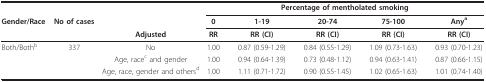
<table><thead><tr><td>[EMPTY_CELL]</td><td>[EMPTY_CELL]</td><td>[EMPTY_CELL]</td><td colspan="9"><b>Percentage of mentholated smoking</b></td></tr><tr><td><b>Gender/Race</b></td><td><b>No of cases</b></td><td>[EMPTY_CELL]</td><td><b>0</b></td><td>[EMPTY_CELL]</td><td><b>1-19</b></td><td>[EMPTY_CELL]</td><td><b>20-74</b></td><td>[EMPTY_CELL]</td><td><b>75-100</b></td><td>[EMPTY_CELL]</td><td><b>Any<sup>a</sup></b></td></tr><tr><td>[EMPTY_CELL]</td><td>[EMPTY_CELL]</td><td><b>Adjusted</b></td><td><b>RR</b></td><td>[EMPTY_CELL]</td><td><b>RR (CI)</b></td><td>[EMPTY_CELL]</td><td><b>RR (CI)</b></td><td>[EMPTY_CELL]</td><td><b>RR (CI)</b></td><td>[EMPTY_CELL]</td><td><b>RR (CI)</b></td></tr></thead><tbody><tr><td>Both/Both<sup>b</sup></td><td>337</td><td>No</td><td>1.00</td><td>[EMPTY_CELL]</td><td>0.87 (0.59-1.29)</td><td>[EMPTY_CELL]</td><td>0.84 (0.55-1.29)</td><td>[EMPTY_CELL]</td><td>1.09 (0.73-1.63)</td><td>[EMPTY_CELL]</td><td>0.93 (0.70-1.23)</td></tr><tr><td>[EMPTY_CELL]</td><td>[EMPTY_CELL]</td><td>Age, race<sup>c </sup>and gender</td><td>1.00</td><td>[EMPTY_CELL]</td><td>0.94 (0.64-1.39)</td><td>[EMPTY_CELL]</td><td>0.73 (0.48-1.12)</td><td>[EMPTY_CELL]</td><td>0.94 (0.63-1.41)</td><td>[EMPTY_CELL]</td><td>0.87 (0.66-1.15)</td></tr><tr><td>[EMPTY_CELL]</td><td>[EMPTY_CELL]</td><td>Age, race, gender and others<sup>d</sup></td><td>1.00</td><td>[EMPTY_CELL]</td><td>1.11 (0.71-1.72)</td><td>[EMPTY_CELL]</td><td>0.90 (0.55-1.45)</td><td>[EMPTY_CELL]</td><td>1.02 (0.65-1.63)</td><td>[EMPTY_CELL]</td><td>1.01 (0.74-1.40)</td></tr></tbody></table>